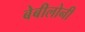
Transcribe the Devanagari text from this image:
बेबीलोनी